Report on the Civil Veterinary Department, Eastern Bengal and Assam - 1907-1911
Year: 1907
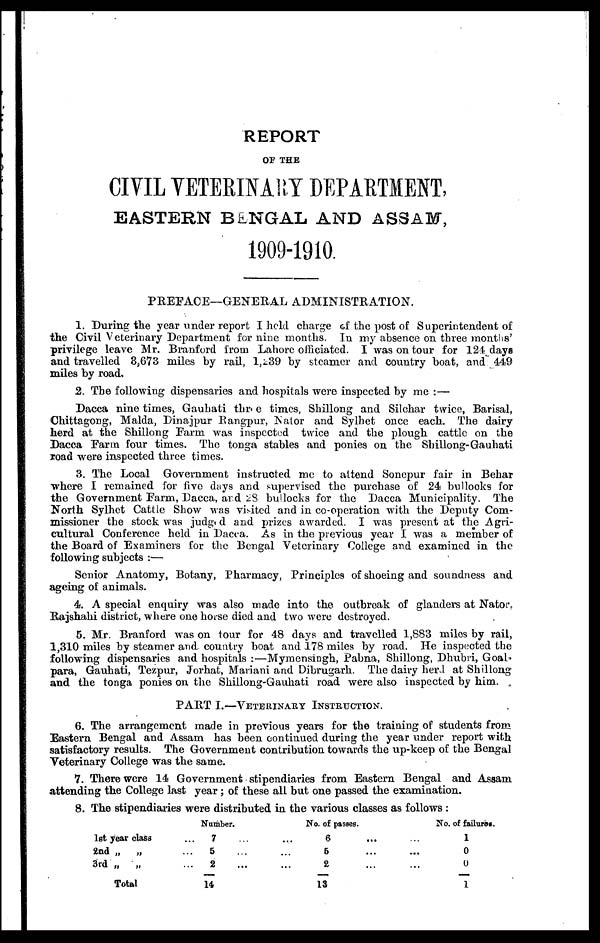
REPORT
OF THE
CIVIL VETERNARY DEPARTMENT,
EASTERN BENGAL AND ASSAM,
1909-1910.
PREFACE—GENERAL ADMINISTRATION.
1. During the year under report I held charge of the post of Superintendent of
the Civil Veterinary Department for nine months. In my absence on three months'
privilege leave Mr. Branford from Lahore officiated. I was on tour for 124 days
and travelled 3,673 miles by rail, l,239 by steamer and country boat, and 449
miles by road,
2. The following dispensaries and hospitals were inspected by me:—
Dacca nine times, Gauhati three times, Shillong and Silchar twice, Barisal,
Chittagong, Malda, Dinajpur Rangpur. Nator and Sylhet once each. The dairy
herd at the Shillong Farm was inspected twice and the plough cattle on the
Dacca Farm four times. The tonga stables and ponies on the Shillong-Gauhati
road were inspected three times.
3. The Local Government instructed me to attend Sonepur fair in Behar
where I remained for five days and supervised the purchase of 24 bullocks for
the Government Farm, Dacca, and 28 bullocks for the Dacca Municipality. The
North Sylhet Cattle Show was visited and in co-operation with the Deputy Com-
missioner the stock was judged and prizes awarded. I was present at the Agri-
cultural Conference held in Dacca. As in the previous year I was a member of
the Board of Examiners for the Bengal Veterinary College and examined in the
following subjects:—
Senior Anatomy, Botany, Pharmacy, Principles of shoeing and soundness and
ageing of animals.
4. A special enquiry was also made into the outbreak of glanders at Nator.
Rajshahi district, where one horse died and two were destroyed.
5. Mr. Branford was on tour for 48 days and travelled 1,883 miles by rail,
1,310 miles by steamer and country boat and 178 miles by road. He inspected the
following dispensaries and hospitals:—Mymensingh, Pabna, Shillong, Dhubri, Goal-
para, Gauhati, Tezpur, Jorhat, Mariani and Dibrugarh. The dairy herd at Shillong
and the tonga ponies on the Shillong-Gauhati road were also inspected by him.
PART I.—VETERINARY INSTRUCTION.
6. The arrangement made in previous years for the training of students from
Eastern Bengal and Assam has been continued during the year under report with
satisfactory results. The Government contribution towards the up-keep of the Bengal
Veterinary College was the same.
7. There were 14 Government stipendiaries from Eastern Bengal and Assam
attending the College last year; of these all but one passed the examination.
8. The stipendiaries were distributed in the various classes as follows:
1st year class
2nd „
„
3rd „ „
Total
...
…
...
Number.
7
5
2
14
…
…
...
…
...
...
No. of passes.
6
5
2
13
...
...
...
…
...
...
No. of failures.
1
0
0
1